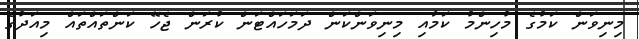
މިނިވަން ކަމުގެ މުހިންމު ކަމާއި މިނިވަންކަން ދަމަހައްޓަން ކުރަން ޖެހޭ ކަންތައްތައް މިއަދުގެ